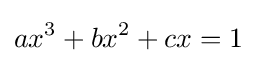
ax^{3}+bx^{2}+cx=1